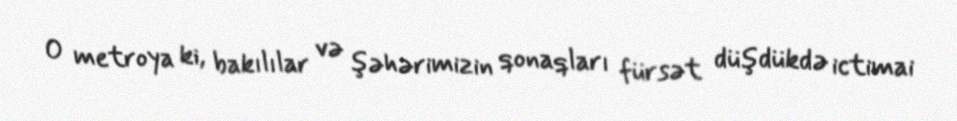
O metroya ki, bakılılar və şəhərimizin qonaqları fürsət düşdükdə ictimai